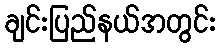
ချင်းပြည်နယ်အတွင်း